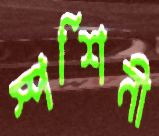
স্পর্শিনী